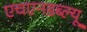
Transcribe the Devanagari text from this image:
एचएनडब्ल्यू